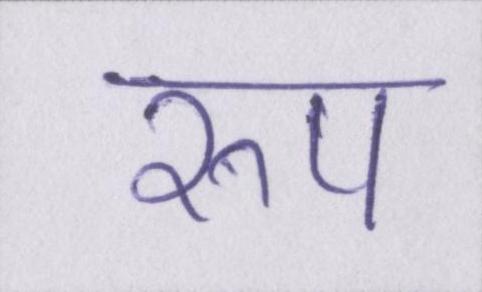
रुप